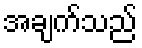
အချက်သည်